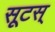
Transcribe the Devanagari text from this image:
सूटस्